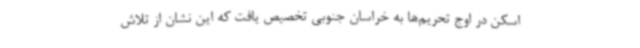
اسکن در اوج تحریم‌ها به خراسان جنوبی تخصیص یافت که این نشان از تلاش